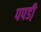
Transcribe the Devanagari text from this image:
पपडी़